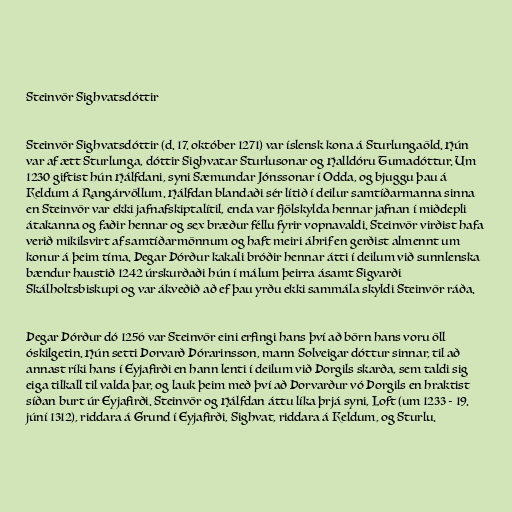
Steinvör Sighvatsdóttir

Steinvör Sighvatsdóttir (d. 17. október 1271) var íslensk kona á Sturlungaöld. Hún
var af ætt Sturlunga, dóttir Sighvatar Sturlusonar og Halldóru Tumadóttur. Um
1230 giftist hún Hálfdani, syni Sæmundar Jónssonar í Odda, og bjuggu þau á
Keldum á Rangárvöllum. Hálfdan blandaði sér lítið í deilur samtíðarmanna sinna
en Steinvör var ekki jafnafskiptalítil, enda var fjölskylda hennar jafnan í miðdepli
átakanna og faðir hennar og sex bræður féllu fyrir vopnavaldi. Steinvör virðist hafa
verið mikilsvirt af samtíðarmönnum og haft meiri áhrif en gerðist almennt um
konur á þeim tíma. Þegar Þórður kakali bróðir hennar átti í deilum við sunnlenska
bændur haustið 1242 úrskurðaði hún í málum þeirra ásamt Sigvarði
Skálholtsbiskupi og var ákveðið að ef þau yrðu ekki sammála skyldi Steinvör ráða.

Þegar Þórður dó 1256 var Steinvör eini erfingi hans því að börn hans voru öll
óskilgetin. Hún setti Þorvarð Þórarinsson, mann Solveigar dóttur sinnar, til að
annast ríki hans í Eyjafirði en hann lenti í deilum við Þorgils skarða, sem taldi sig
eiga tilkall til valda þar, og lauk þeim með því að Þorvarður vó Þorgils en hraktist
síðan burt úr Eyjafirði. Steinvör og Hálfdan áttu líka þrjá syni, Loft (um 1233 - 19.
júní 1312), riddara á Grund í Eyjafirði, Sighvat, riddara á Keldum, og Sturlu.